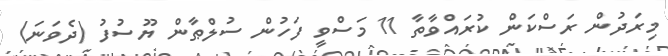
މިރަދުން ރަސްކަން ކުރައްވާތާ 11 މަސްވީ ފަހުން ސުލްޠާން ޔޫސުފު (ދެވަނަ)